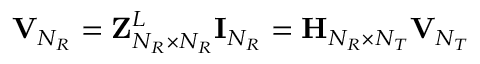
{ \bf { V } } _ { N _ { R } } = { \bf { Z } } _ { N _ { R } \times N _ { R } } ^ { L } { \bf { I } } _ { N _ { R } } = { \bf { H } } _ { N _ { R } \times N _ { T } } { \bf { V } } _ { N _ { T } }